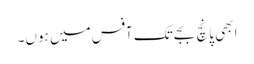
ابھی پانچ بجے تک آفس میں ہوں۔